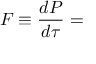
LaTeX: F \equiv { \frac { d P } { d \tau } } =